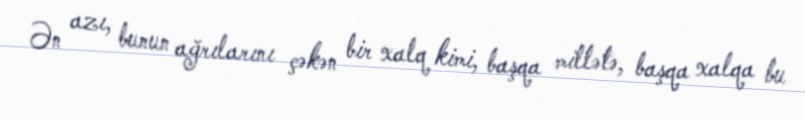
Ən azı, bunun ağrılarını çəkən bir xalq kimi, başqa millətə, başqa xalqa bu